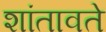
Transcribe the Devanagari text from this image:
शांतावते